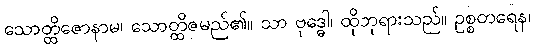
သောတ္ထိဇောနာမ၊ သောတ္ထိဇမည်၏။ သာ ဗုဒ္ဓေါ၊ ထိုဘုရားသည်။ ဥစ္စတရေန၊